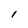
Character: I